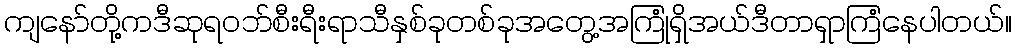
ကျနော်တို့ကဒီဆုရဝဘ်စီးရီးရာသီနှစ်ခုတစ်ခုအတွေ့အကြုံရှိအယ်ဒီတာရှာကြံနေပါတယ်။